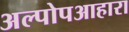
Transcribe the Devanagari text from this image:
अल्पोपआहारा